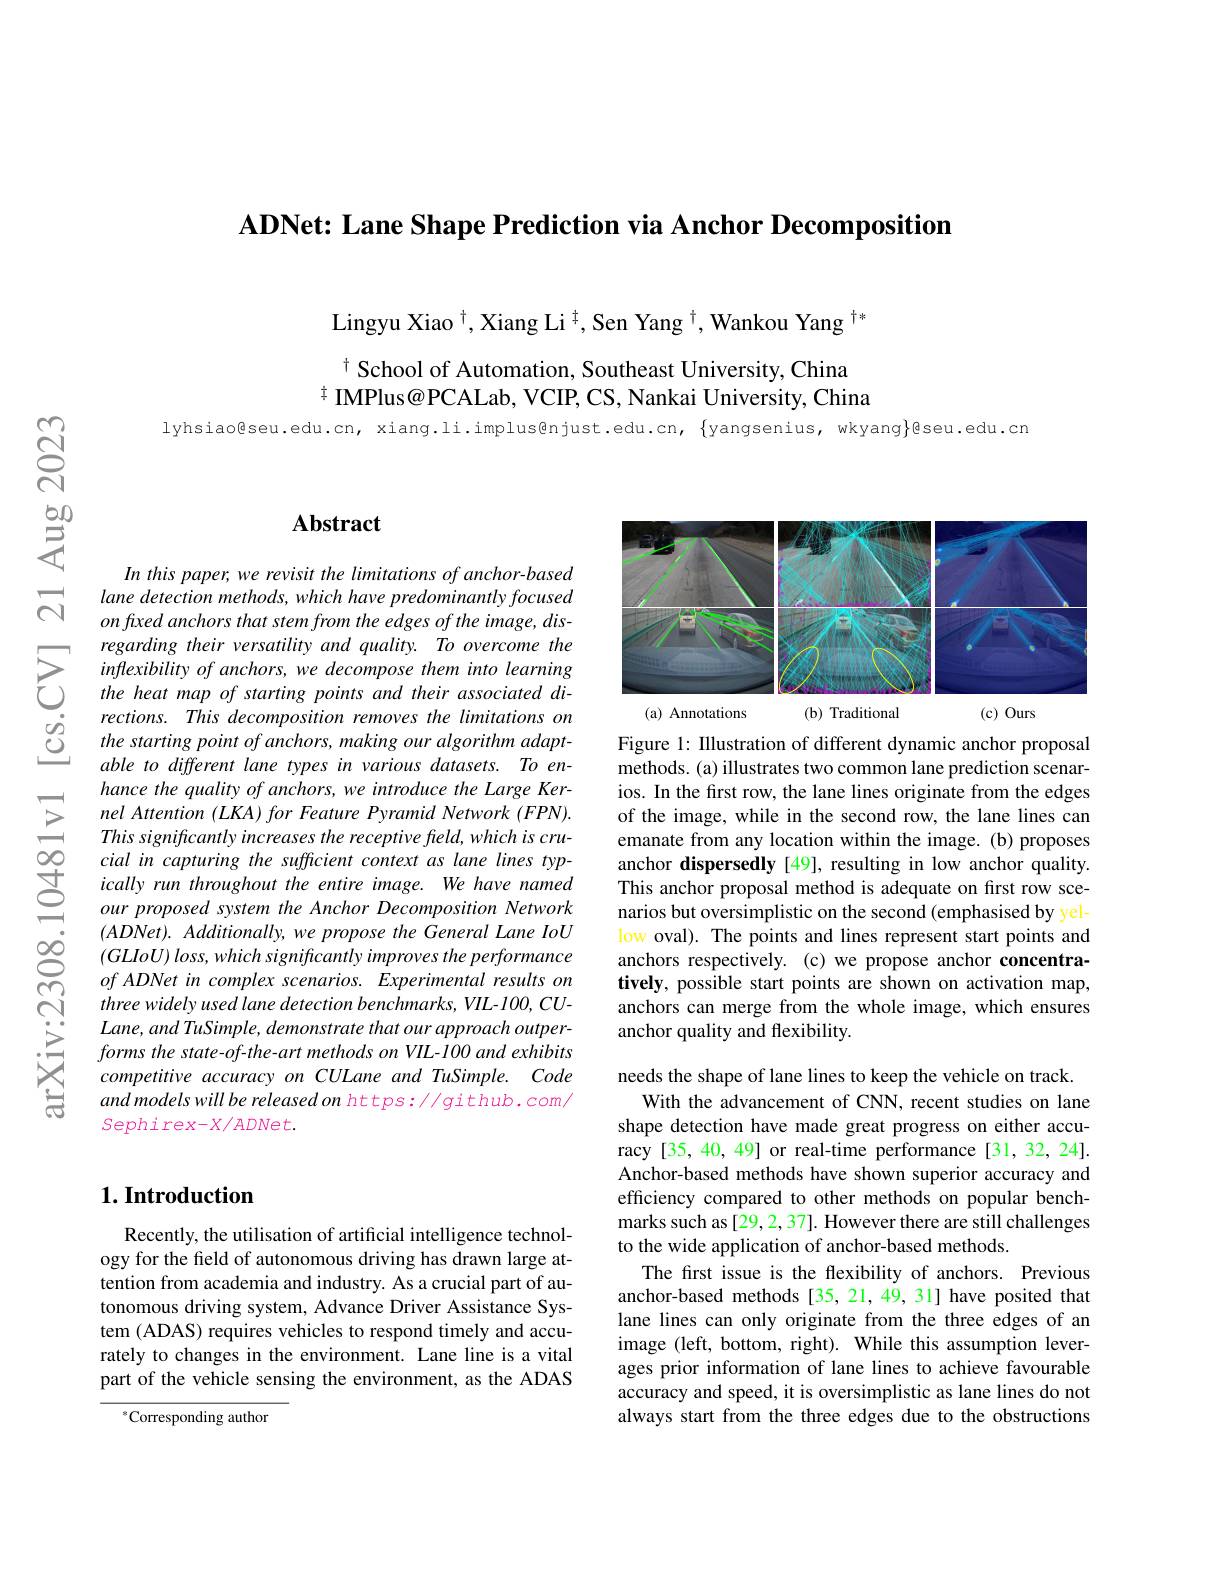
ADNet: Lane Shape Prediction via Anchor Decomposition

Lingyu Xiao $^{\dagger},\text{XiangLi}^{\dagger},\text{SenYang}^{\dagger},\text{WankouYang}^{\dagger*}$
t School of Automation, Southeast University, China
$^{\pm}$ IMPlus@PCALab, VCIP, CS, Nankai University, China

lyhsiaogseu.edu.cn, xiang.li.implus@njust.edu.cn, $\{$yangsenius, wkyang$\}$gseu.edu.cn

## Abstract

In this paper, we revisit the limitations of anchor-based lane detection methods, which have predominantly focused on fuxed anchors that stem from the edges of the image, disregarding their versatility and quality. To overcome the inflexibility of anchors, we decompose them into learning the heat map of starting points and their associated directions. This decomposition removes the limitations on the starting point of anchors, making our algorithm adaptable to different lane types in various datasets. To enhance the quality of anchors, we introduce the Large Kernel Attention $( LKA) \textit{for Feature Pyramid Network }( FPN) .$ This significantly increases the receptive field, which is crucial in capturing the sufficient context as lane lines typically run throughout the entire image. We have named our proposed system the Anchor Decomposition Network $(ADNet).Additionally,weproposetheGeneralLaneloU$ $( GLIoU) \textit{loss, which significantly improves the performance}$ ofADNet in complex scenarios. Experimental results on three widely used lane detection benchmarks, VIL-100, CULane, and TuSimple, demonstrate that our approach outper- $forms\textit{ the state- of- the- art methods on VIL- 100 and exhibits}$ competitive accuracy on CULane and TuSimple. Code and models will be released on https: //github. com/ $Sephirex-X/ADNet.$

## $1. \textbf{Introduction}$

Recently, the utilisation of artificial intelligence technology for the field of autonomous driving has drawn large attention from academia and industry. As a crucial part of autonomous driving system, Advance Driver Assistance System (ADAS) requires vehicles to respond timely and accurately to changes in the environment. Lane line is a vital part of the vehicle sensing the environment, as the ADAS

$^{*}$Corresponding author

<FigureHere>

Figure 1: Illustration of different dynamic anchor proposal methods. (a) illustrates two common lane prediction scenarios. In the frst row, the lane lines originate from the edges of the image, while in the second row, the lane lines can emanate from any location within the image. (b) proposes anchor dispersedly [49], resulting in low anchor quality. This anchor proposal method is adequate on first row scenarios but oversimplistic on the second (emphasised by yellow oval). The points and lines represent start points and anchors respectively.(c) we propose anchor concentratively, possible start points are shown on activation map, anchors can merge from the whole image, which ensures anchor quality and flexibility.

needs the shape of lane lines to keep the vehicle on track
With the advancement of CNN, recent studies on lane shape detection have made great progress on either accuracy [35, 40, 49] or real-time performance[31, 32, 24]. Anchor-based methods have shown superior accuracy and efficiency compared to other methods on popular benchmarks such as[29,2,37]. However there are still challenges to the wide application of anchor-based methods.
The first issue is the flexibility of anchors. Previous anchor-based methods [35,21,49,31] have posited that lane lines can only originate from the three edges of an image (left, bottom, right). While this assumption leverages prior information of lane lines to achieve favourable accuracy and speed, it is oversimplistic as lane lines do not always start from the three edges due to the obstructions